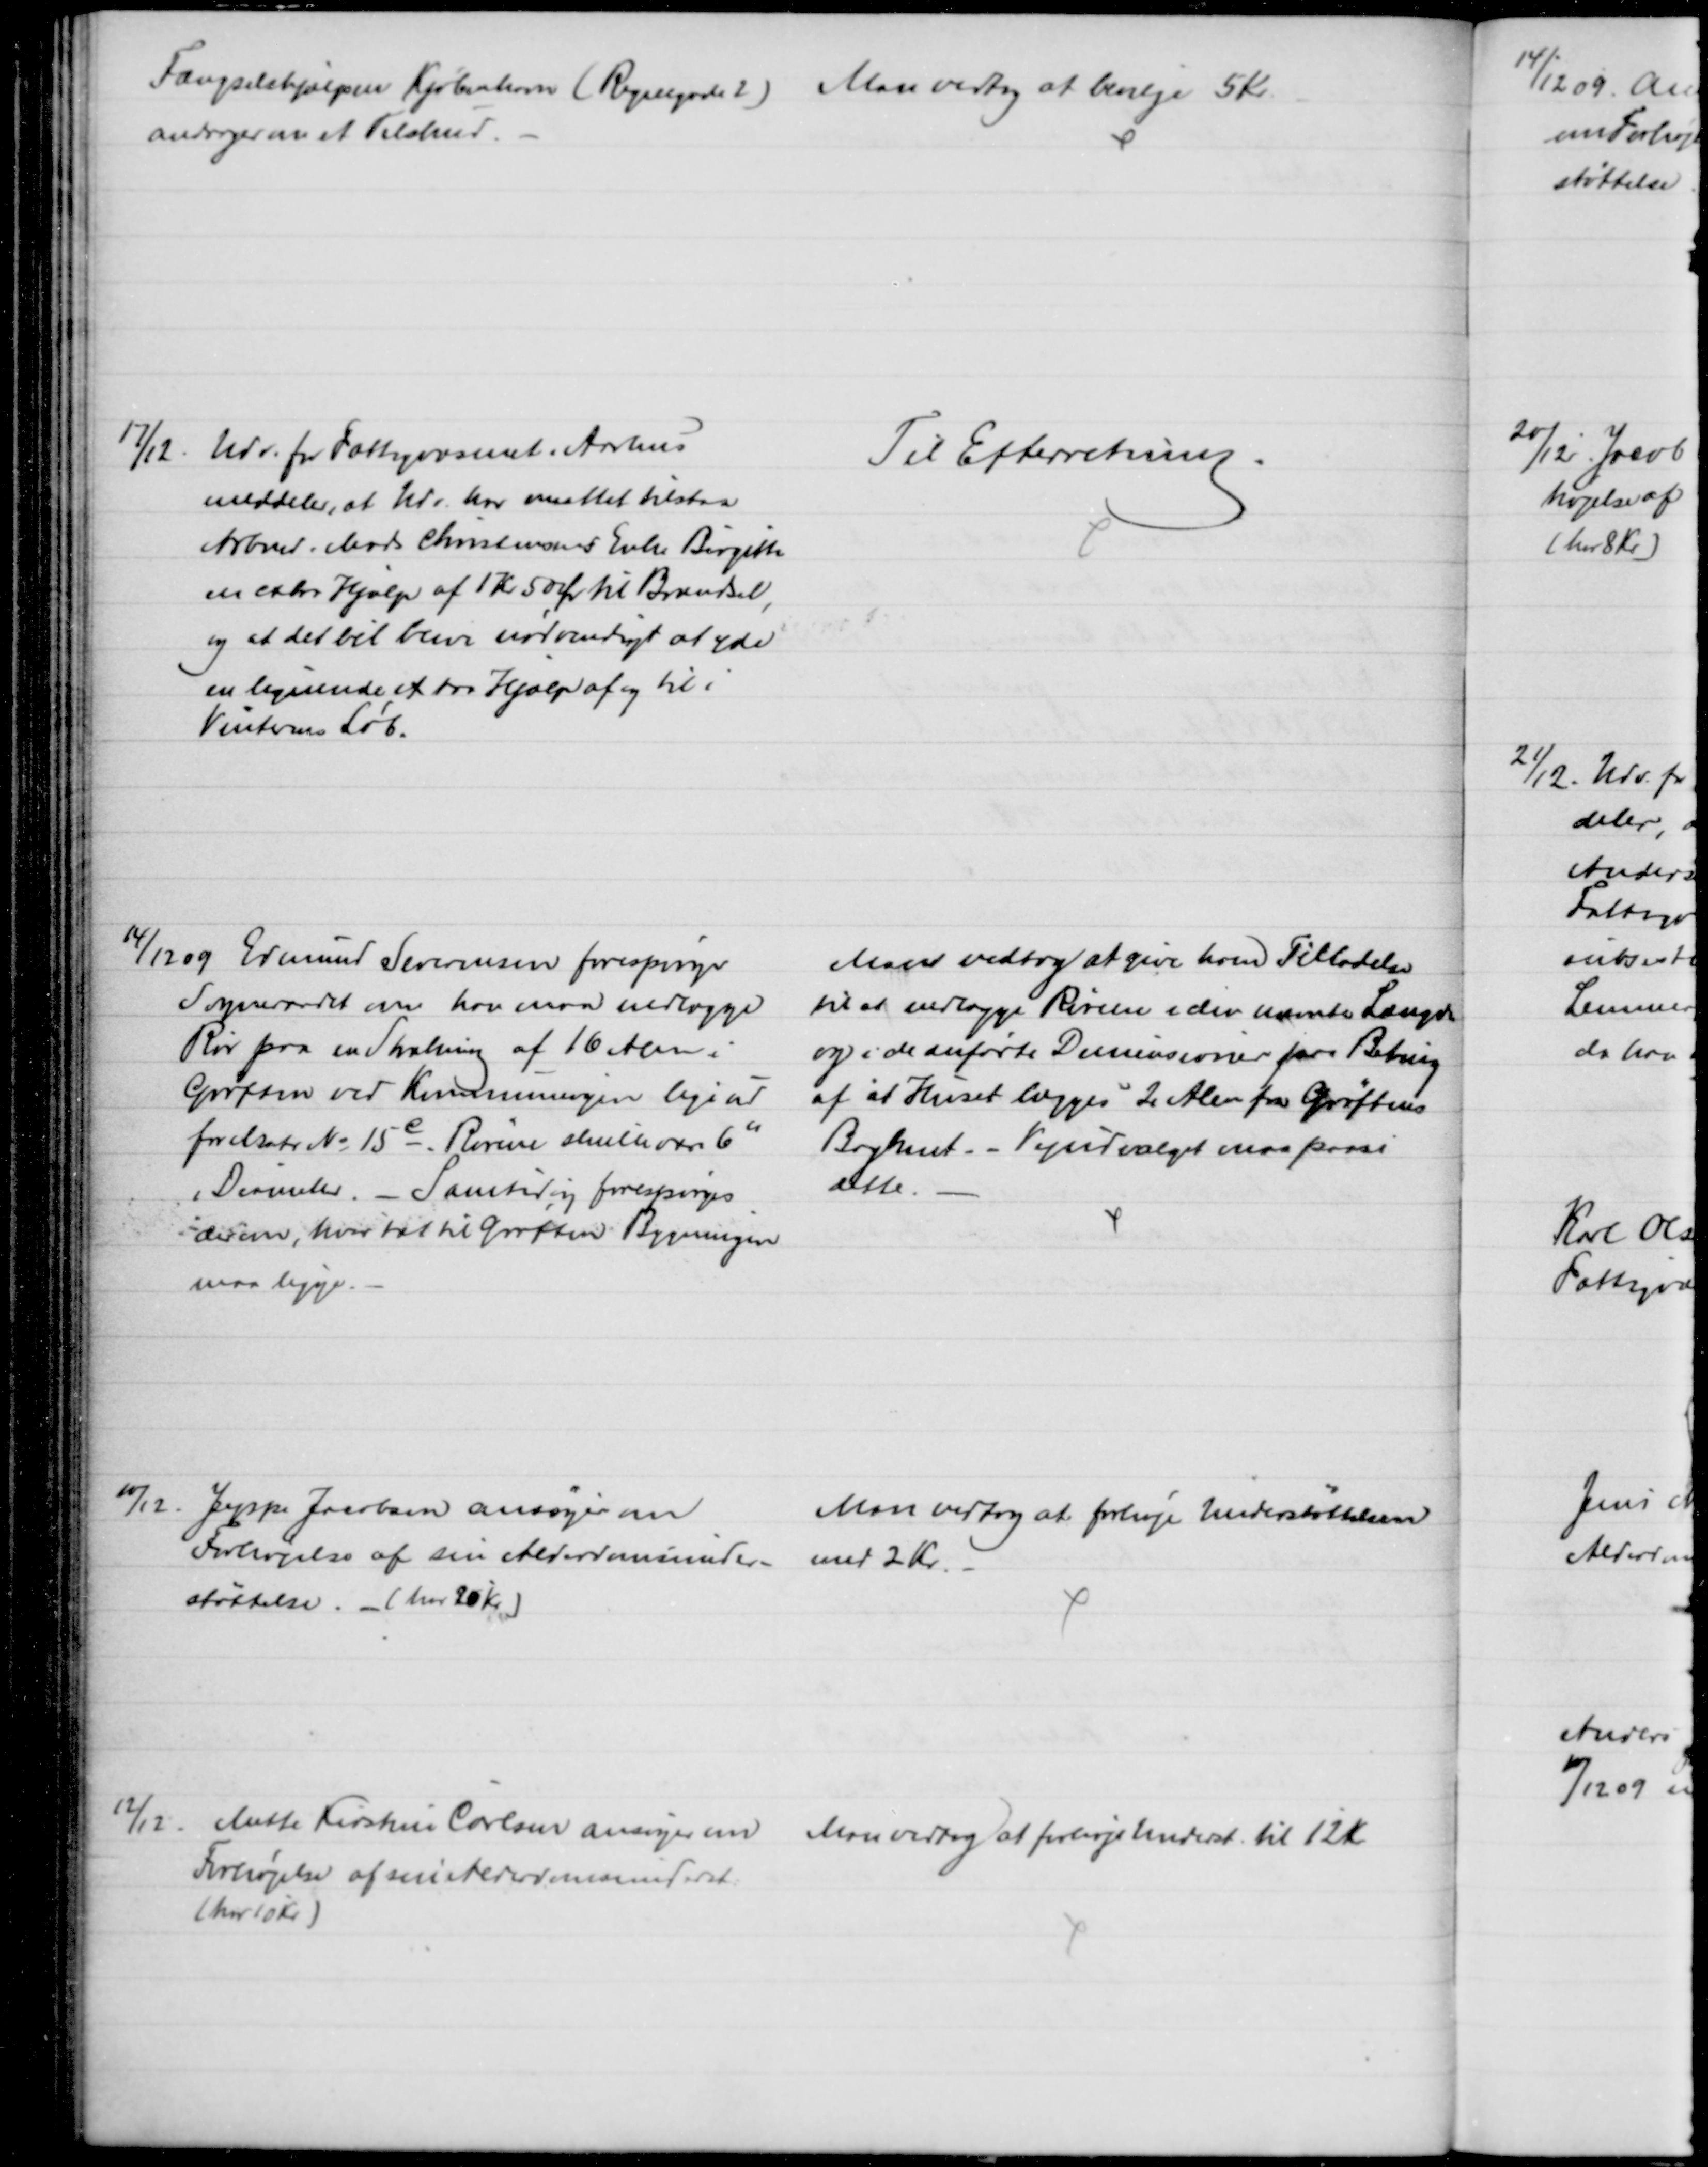
Transskription:
Fængselshjælpen Kjøbenhavn (Regnegade) 
andrager om et Tilskud.
Man vedtog at bevilge 5 Kr.
17/12. Udv. for Fattigvæsenet i Aarhus
meddeler, at Udv. har maattet tilstaa
Arbmd. Mads Christensens Enke Birgitte
en extra Hjælp af 1 Kr 50 Ør til Brændsel,
og at det vil blive nødvendigt at yde 
en lignende extra Hjælp af og til i
Vinterens Løb.
Til Efterretning.
14/12 09 Edmund Severinsen forespørger
Sogneraadet om han maa nedlægge
Rør paa en Strækning af 16 Alen i
Grøften ved Kommunevejen lige ud
for Matr № 15c. Rørene skulle være 6"
i Diameter. - Samtidig forespørges
der om, hvor tæt til Grøften Bygningen
maa ligge.
Man vedtog at give ham Tilladelse
til at nedlægge Rørene i den nævnte Længde
og i de anførte Dimensioner paa Beting
af at Huset lægges 2 Alen fra Grøftens
Bagkant. - Vejudvalget maa paase
dette.
10/12
Jeppe Jacobsen ansøger om
Forhøjelse af sin Alderdomsunder-
støttelse. - (har 20 Kr.)
Man vedtog at forhøje Understøttelsen
med 2 Kr.
12/12
Mette Kirstine Carlsen ansøger om
Forhøjelse af sin Alderdomsunderst:
(har 10 Kr)
Man vedtog at forhøje Underst. til 12 Kr.